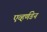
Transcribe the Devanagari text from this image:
एव्हर्णडेन